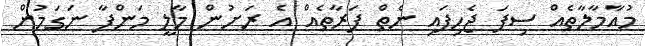
މުއާމާލާތެއް ސިފަ ޖެހިފައި ނެތް ފަރާތެއް އެ ރަށުން މާލީ މަންފާ ނަގަމުން